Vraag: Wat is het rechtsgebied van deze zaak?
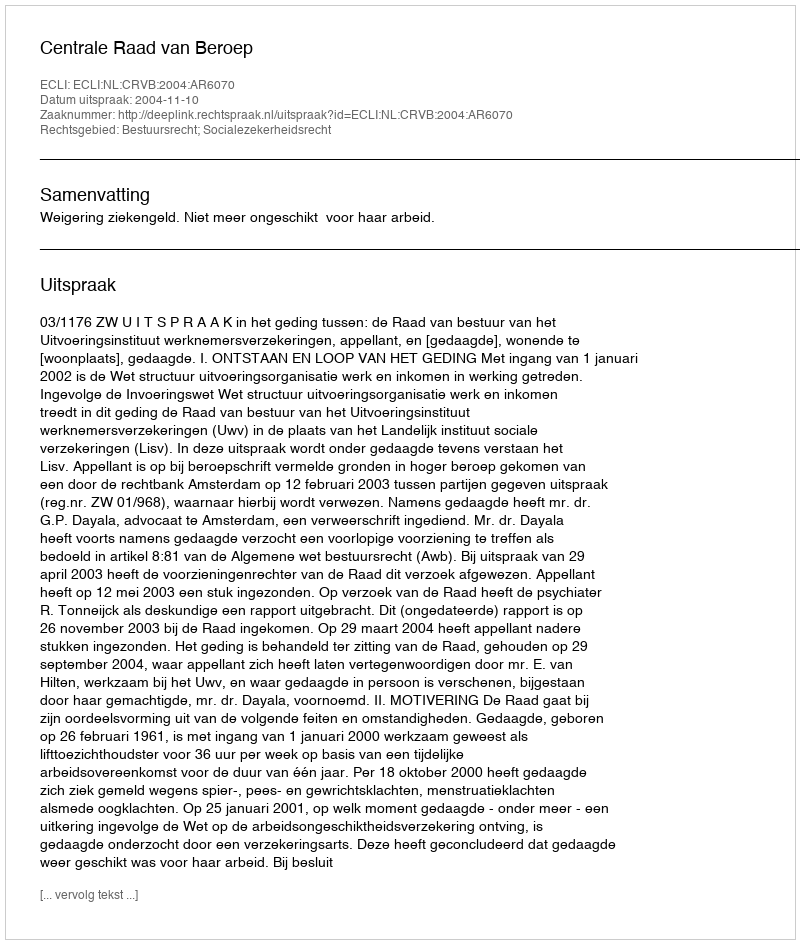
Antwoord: Bestuursrecht; Socialezekerheidsrecht